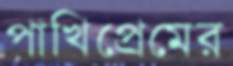
পাখিপ্রেমের